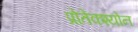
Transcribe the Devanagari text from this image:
प्रोतेक्श्योन